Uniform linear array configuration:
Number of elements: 4
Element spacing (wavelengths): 0.25
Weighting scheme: exponential
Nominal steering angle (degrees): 0
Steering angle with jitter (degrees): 1.313
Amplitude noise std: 0.05
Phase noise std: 0.05

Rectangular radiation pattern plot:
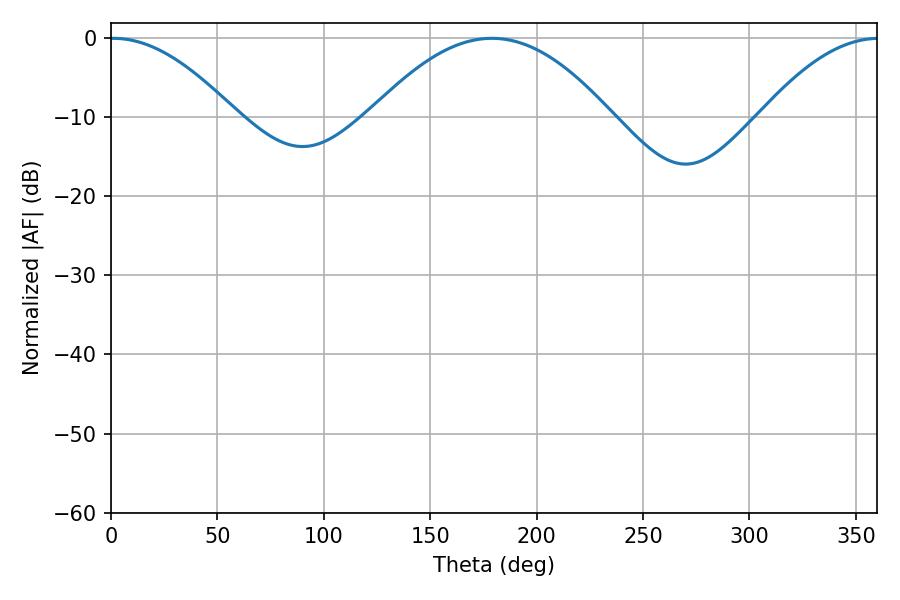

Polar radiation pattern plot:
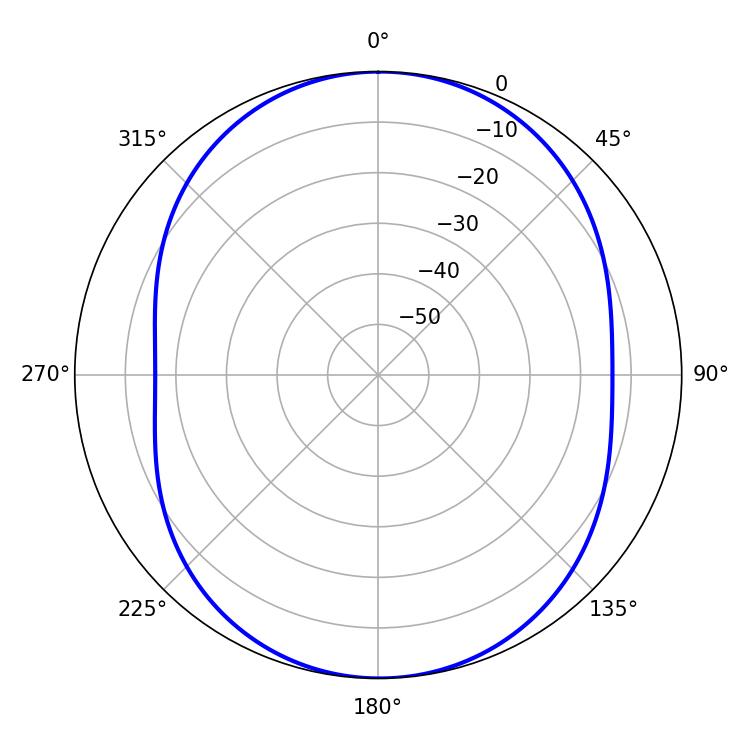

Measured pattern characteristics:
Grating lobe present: FALSE
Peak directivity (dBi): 14.821
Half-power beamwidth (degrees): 32.22
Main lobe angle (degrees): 1.08